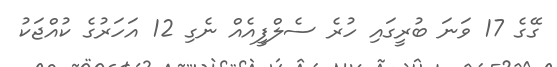
ގޭގެ 17 ވަނަ ބުރީގައި ހުރެ ސެލްފީއެއް ނެގި 12 އަހަރުގެ ކުއްޖަކު